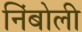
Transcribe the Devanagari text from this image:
निंबोली